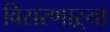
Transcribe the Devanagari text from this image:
विसरणाऱ्या